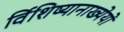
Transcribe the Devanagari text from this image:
र्विशिष्यानाख्येयो